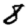
Digit: 8